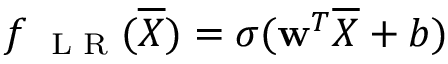
f _ { \mathrm { ~ \scriptsize ~ L ~ R ~ } } ( \overline { { \boldsymbol X } } ) = \sigma ( \mathbf { w } ^ { T } \overline { { \boldsymbol X } } + b )